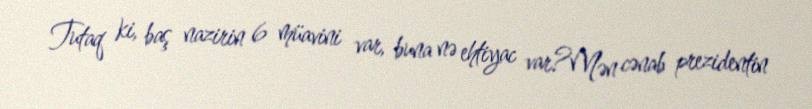
Tutaq ki, baş nazirin 6 müavini var, buna nə ehtiyac var?Mən cənab prezidentin